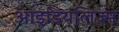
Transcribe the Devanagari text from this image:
आइडियलिज़्म